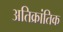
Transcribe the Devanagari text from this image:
अतिक्रांतिक